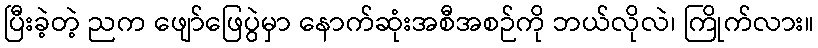
ပြီးခဲ့တဲ့ ညက ဖျော်ဖြေပွဲမှာ နောက်ဆုံးအစီအစဉ်ကို ဘယ်လိုလဲ၊ ကြိုက်လား။